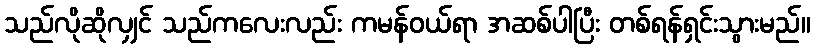
သည်လိုဆိုလျှင် သည်ကလေးလည်း ကမန်ဝယ်ရာ အဆစ်ပါပြီး တစ်ရန်ရှင်းသွားမည်။